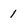
Character: 1